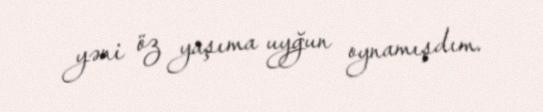
yəni öz yaşıma uyğun oynamışdım.